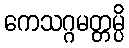
ကေသဂ္ဂမတ္တမ္ပိ